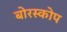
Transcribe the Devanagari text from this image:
बोरस्कोप